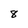
Character: 8